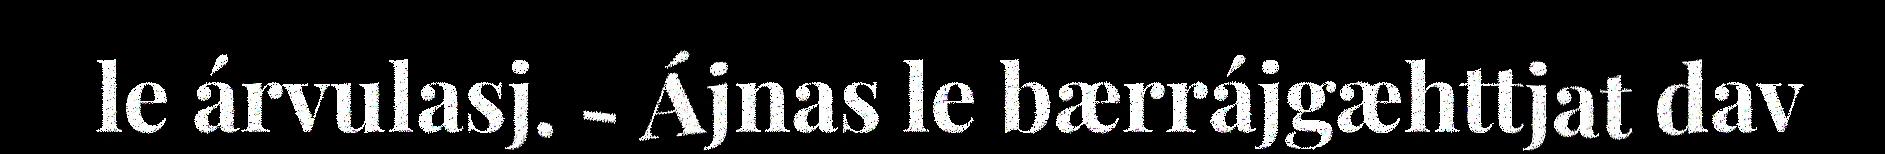
le árvulasj. - Ájnas le bærrájgæhttjat dav